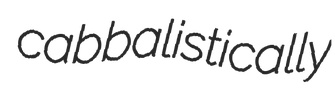
cabbalistically